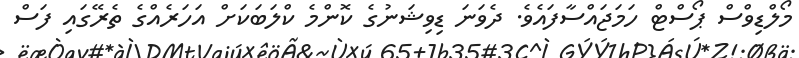
މޯލްޑިވްސް ޕޯސްޓް ހަމަޖައްސާފައެވެ. ދެވަނަ ޑިވިޝަނުގެ ކޮންމެ ކްލަބަކަށް އަހަރެއްގެ ތެރޭގައި ފަސް